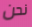
نحن